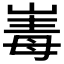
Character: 𭖪